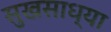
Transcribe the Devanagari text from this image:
सुखसाध्या